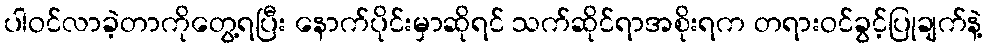
ပါဝင်လာခဲ့တာကိုတွေ့ရပြီး နောက်ပိုင်းမှာဆိုရင် သက်ဆိုင်ရာအစိုးရက တရားဝင်ခွင့်ပြုချက်နဲ့